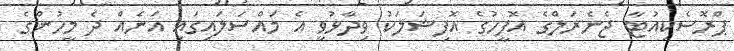
ޕްރޮސެކިއުޓާ ޖެނެރަލްގެ އޮފީހުގެ އޮފިޝަލަކު ވިދާޅުވީ އެ މައްސަލައިގައި އަނެއް ދެ މީހުންގެ